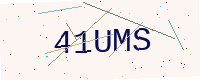
Text: 41UMS